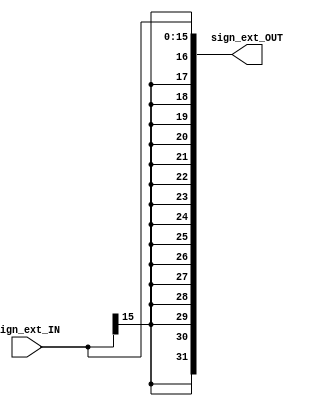
module sign_ext #(parameter IN_WIDTH = 16, OUT_WIDTH = 32)
(
	input wire  [IN_WIDTH-1:0]  sign_ext_IN,
	output wire [OUT_WIDTH-1:0] sign_ext_OUT
);
	localparam EXT_WIDTH = OUT_WIDTH - IN_WIDTH;
	
	assign sign_ext_OUT = { {EXT_WIDTH{sign_ext_IN[IN_WIDTH-1]}}, sign_ext_IN} ;

endmodule